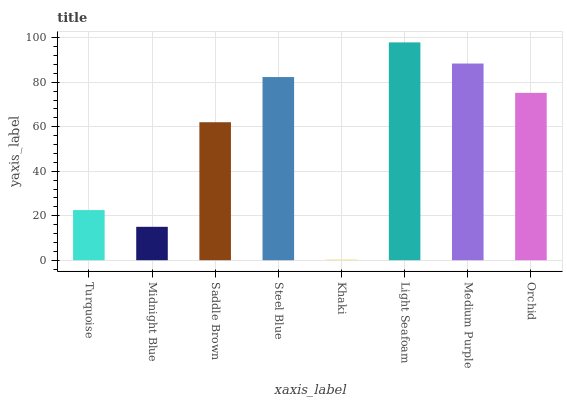
| xaxis_label | bars |
 | --- | --- |
 | Turquoise | 22.6 |
 | Midnight Blue | 15 |
 | Saddle Brown | 62.1 |
 | Steel Blue | 82.4 |
 | Khaki | 0.355 |
 | Light Seafoam | 97.9 |
 | Medium Purple | 88.4 |
 | Orchid | 75.2 |